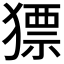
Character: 𤡑